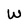
Character: W